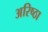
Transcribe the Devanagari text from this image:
अरिष्ठा